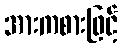
အားကစားဖြင့်